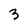
Character: 3